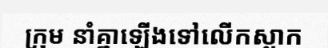
ក្រុម នាំគ្នាឡើងទៅលើកស្លាក